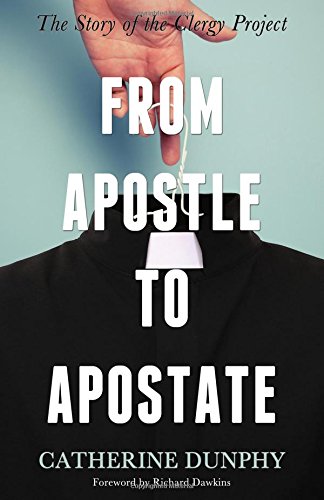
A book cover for From Apostle to Apostate: The Story of the Clergy Project; Catherine Dunphy; Christian Books & Bibles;